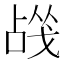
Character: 𰒬